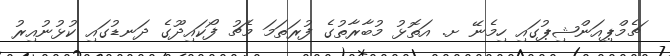
ޗެމްޕިއަންޝިޕުގައި ހިމެނޭ ށ. އަތޮޅު މުބާރާތުގެ ފުރަތަމަ މެޗު ފޯކައިދޫގެ ދަނޑުގައި ކުުޅުނުއިރު